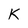
Character: K